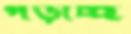
পড়াচ্ছ